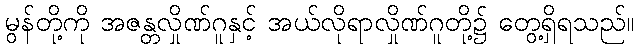
မွန်တို့ကို အဇန္တလှိုဏ်ဂူနှင့် အယ်လိုရာလှိုဏ်ဂူတို့၌ တွေ့ရှိရသည်။